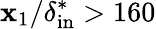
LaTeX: \mathbf{x}_{1}/\delta_{\mathrm{{in}}}^{*}>160